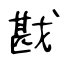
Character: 戡